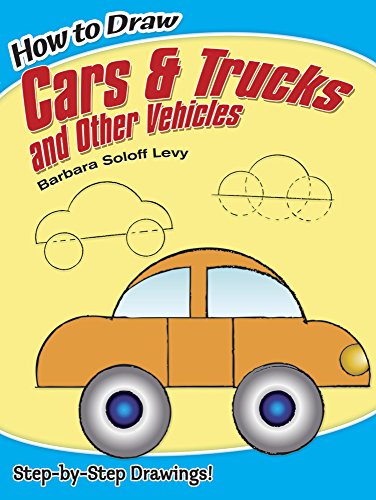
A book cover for How to Draw Cars and Trucks and Other Vehicles (Dover How to Draw); Barbara Soloff Levy; Children's Books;